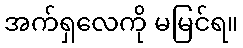
အက်ရှလေကို မမြင်ရ။